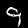
Digit: 9